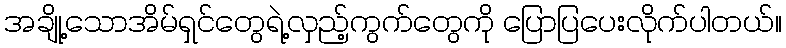
အချို့သောအိမ်ရှင်တွေရဲ့လှည့်ကွက်တွေကို ပြောပြပေးလိုက်ပါတယ်။